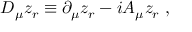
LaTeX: D _ { \mu } z _ { r } \equiv \partial _ { \mu } z _ { r } - i A _ { \mu } z _ { r } \; ,